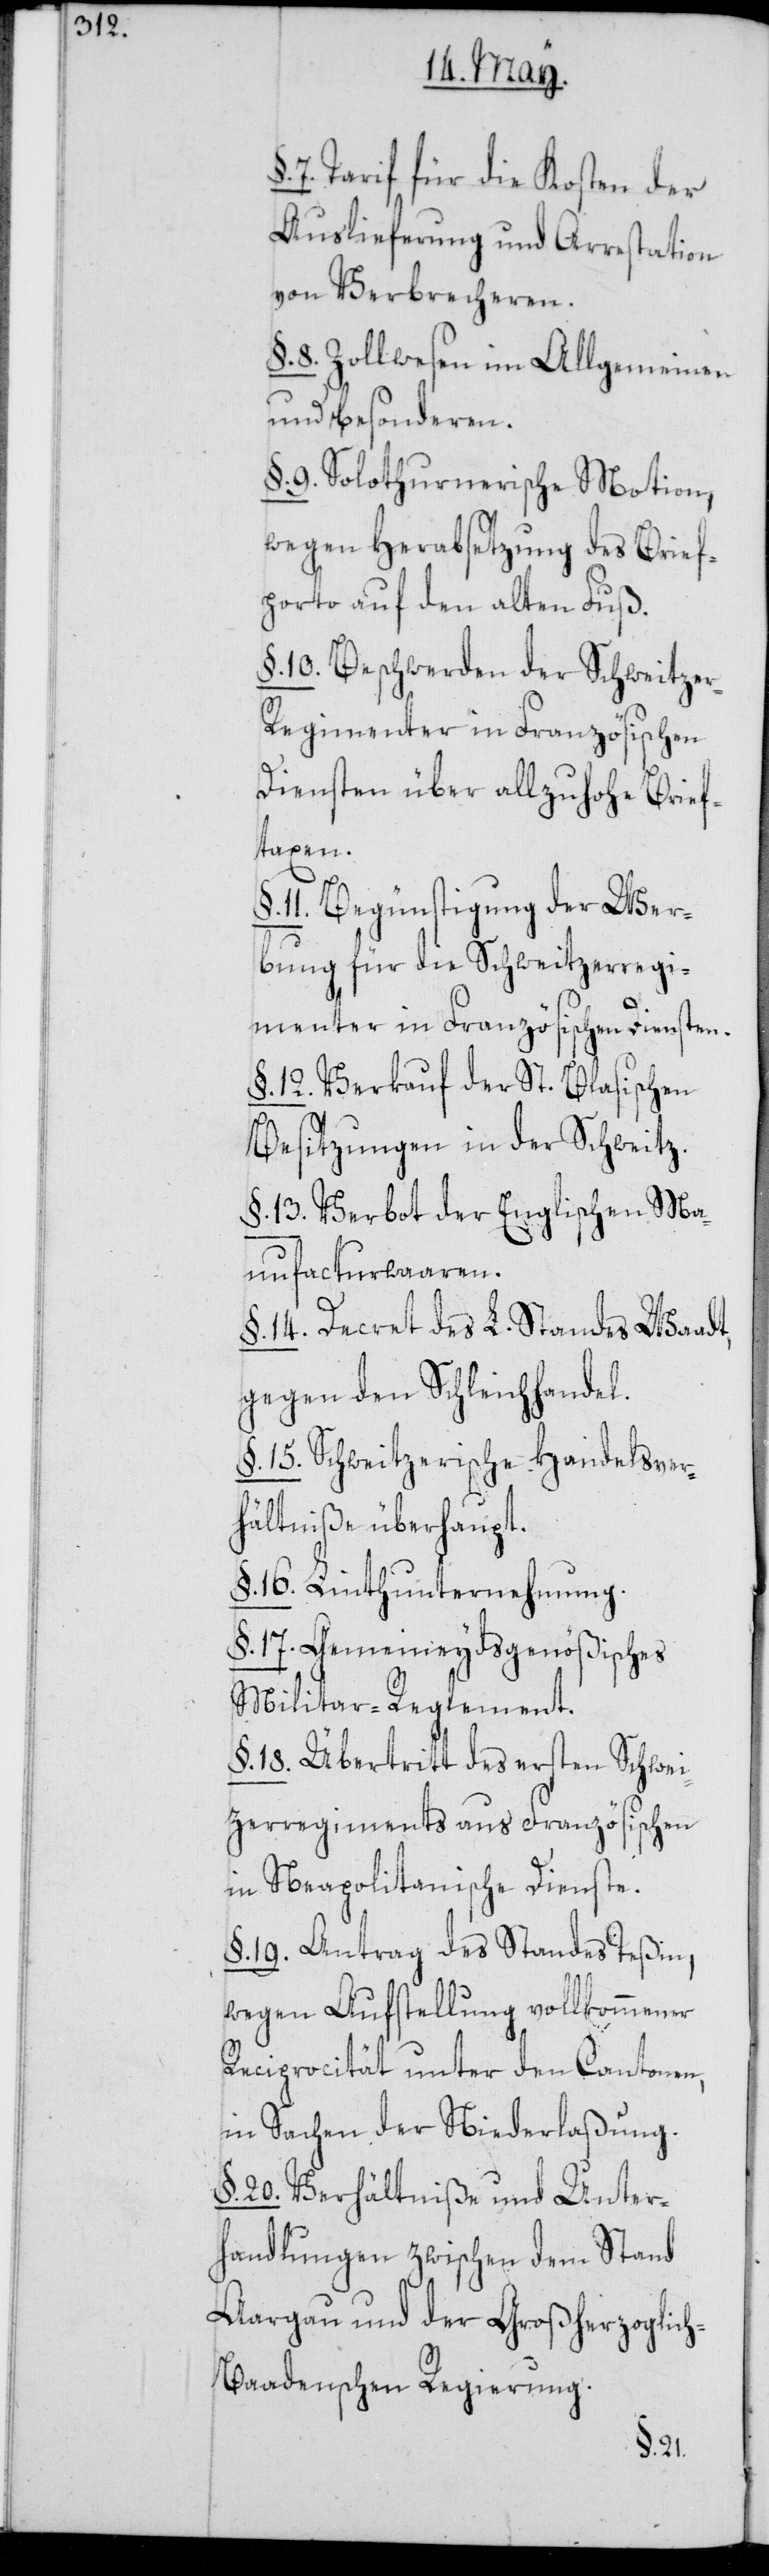
7. Tarif für die Kosten der
Auslieferung und Arrestation
von Verbrecheren.
§. 8. Zollwesen im Allgemeinen
und besonderen.
§. 9. Solothurnerische Motion,
wegen Herabsetzung des Brief¬
porto auf den alten Fuß.
§. 10. Beschwerden der Schweitze¬
r-Regimenter in Französischen
Diensten über allzuhohe Brief¬
taxen.
11. Begünstigung der Wer¬
bung für die Schweitzer-Regi¬
menter in Französischen Diensten.
§. 12. Verkauf der St. Blasischen
Besitzungen in der Schweitz.
§. 13. Verbot der Englischen Ma¬
nufacturwaaren.
§. 14. Decret des L. Standes Waadt,
gegen den Schleichhandel.
§. 15. Schweitzerische Handelsver¬
hältniße überhaupt.
§. 16. Linthunternehmung.
§. 17. Gemeineydsgenößisches
Militar-Reglement.
§. 18. Übertritt des ersten Schwei¬
tzerregiments aus Französischen
in Neapolitanische Dienste.
§. 19. Antrag des Standes Teßin,
wegen Aufstellung vollkommener
Reciprocität unter den Cantonen,
in Sachen der Niederlaßung.
§. 20. Verhältniße und Unter¬
handlungen zwischen dem Stand
Aargau und der Großherzoglic¬
h-Baadenschen Regierung.